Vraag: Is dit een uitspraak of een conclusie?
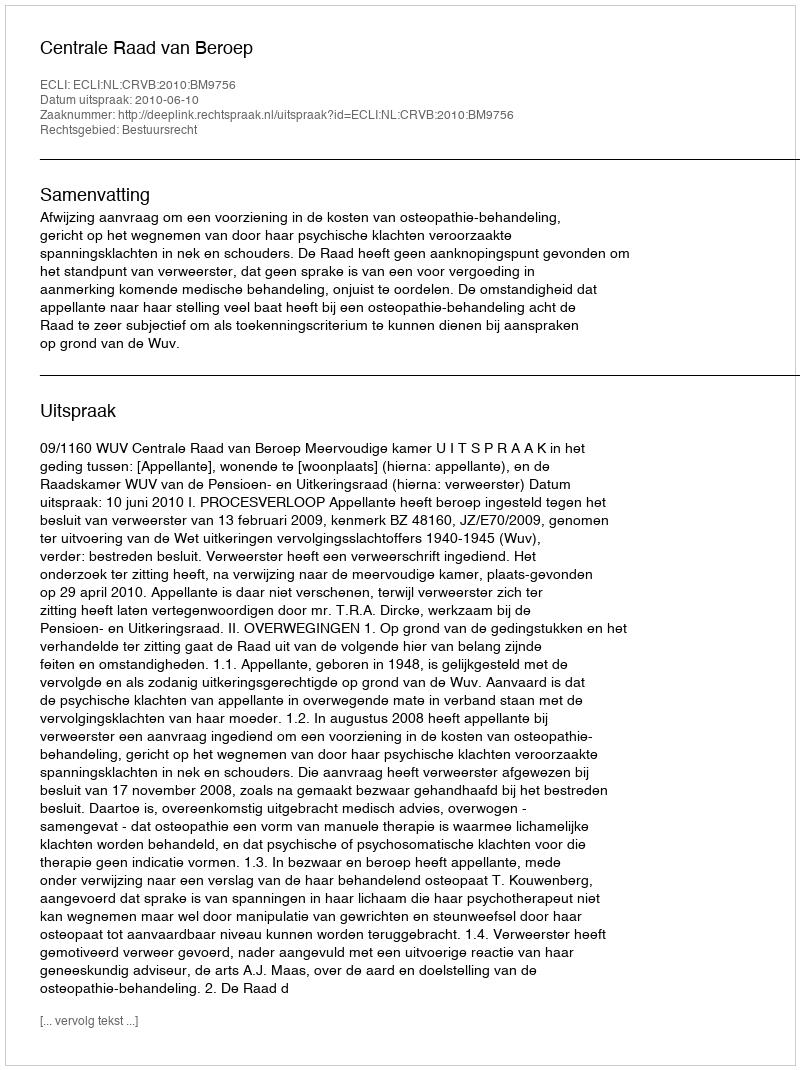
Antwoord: Uitspraak